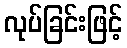
လုပ်ခြင်းဖြင့်